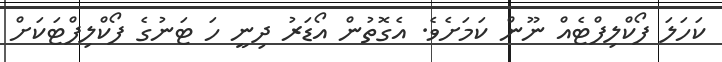
ކަހަލަ ފޯކްލިފްޓެއް ނޫން ކަމަށެވެ. އެގޮތުން އޯޑަރު ދިނީ ހަ ޓަނުގެ ފޯކްލިފްޓަކަށް